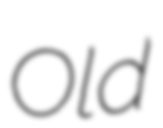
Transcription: Old